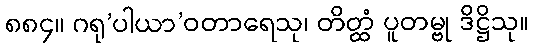
၈၈၄။ ဂရု’ပါယာ’ဝတာရေသု၊ တိတ္ထံ ပူတမ္ဗု ဒိဋ္ဌိသု။